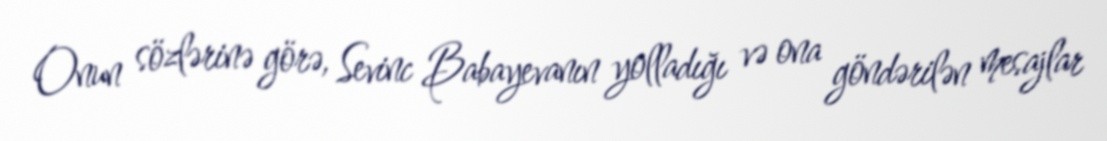
Onun sözlərinə görə, Sevinc Babayevanın yolladığı və ona göndərilən mesajlar